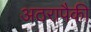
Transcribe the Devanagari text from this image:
अठरापैकी